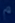
e